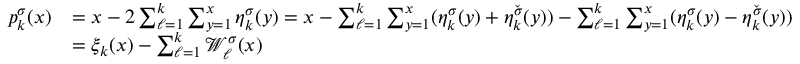
\begin{array} { r l } { p _ { k } ^ { \sigma } ( x ) } & { = x - 2 \sum _ { \ell = 1 } ^ { k } \sum _ { y = 1 } ^ { x } \eta _ { k } ^ { \sigma } ( y ) = x - \sum _ { \ell = 1 } ^ { k } \sum _ { y = 1 } ^ { x } ( \eta _ { k } ^ { \sigma } ( y ) + \eta _ { k } ^ { \check { \sigma } } ( y ) ) - \sum _ { \ell = 1 } ^ { k } \sum _ { y = 1 } ^ { x } ( \eta _ { k } ^ { \sigma } ( y ) - \eta _ { k } ^ { \check { \sigma } } ( y ) ) } \\ & { = \xi _ { k } ( x ) - \sum _ { \ell = 1 } ^ { k } \mathcal { W } _ { \ell } ^ { \sigma } ( x ) } \end{array}